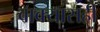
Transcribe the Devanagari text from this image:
वाक्यासही